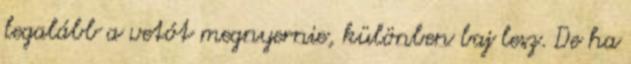
legalább a vetót megnyernie, különben baj lesz. De ha